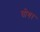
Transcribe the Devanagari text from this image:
घोगर